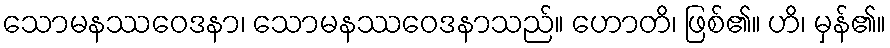
သောမနဿဝေဒနာ၊ သောမနဿဝေဒနာသည်။ ဟောတိ၊ ဖြစ်၏။ ဟိ၊ မှန်၏။